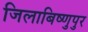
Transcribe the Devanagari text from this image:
जिलाबिष्णुपुर